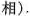
相).